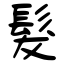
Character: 髮